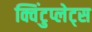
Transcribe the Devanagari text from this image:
क्विंटुप्लेट्स